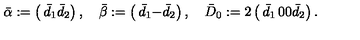
\bar { \alpha } : = \left( \begin{matrix} { \bar { d } _ { 1 } } \\ { \bar { d } _ { 2 } } \\ \end{matrix} \right) , \quad \bar { \beta } : = \left( \begin{matrix} { \bar { d } _ { 1 } } \\ { - \bar { d } _ { 2 } } \\ \end{matrix} \right) , \quad \bar { D } _ { 0 } : = 2 \left( \begin{matrix} { \bar { d } _ { 1 } } & { 0 } \\ { 0 } & { \bar { d } _ { 2 } } \\ \end{matrix} \right) .